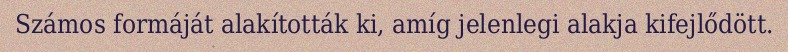
Számos formáját alakították ki, amíg jelenlegi alakja kifejlődött.